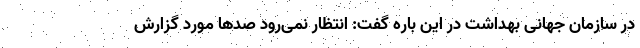
در سازمان جهانی بهداشت در این باره گفت: انتظار نمی‌رود صدها مورد گزارش